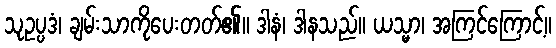
သုဥပ္ပဒံ၊ ချမ်းသာကိုပေးတတ်၏။ ဒါနံ၊ ဒါနသည်။ ယသ္မာ၊ အကြင်ကြောင့်။